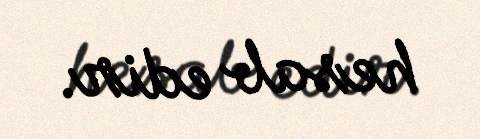
hesab edir.